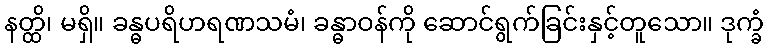
နတ္ထိ၊ မရှိ။ ခန္ဓပရိဟရဏသမံ၊ ခန္ဓာဝန်ကို ဆောင်ရွက်ခြင်းနှင့်တူသော။ ဒုက္ခံ